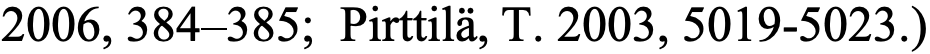
2006, 384–385; Pirttilä, T. 2003, 5019-5023.)